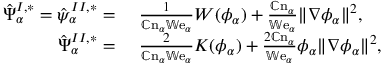
\begin{array} { r l } { \hat { \Psi } _ { \alpha } ^ { I , * } = \hat { \psi } _ { \alpha } ^ { I I , * } = } & { { } ~ \frac { 1 } { \mathbb { C } \mathrm { n } _ { \alpha } \mathbb { W } \mathrm { e } _ { \alpha } } W ( \phi _ { \alpha } ) + \frac { \mathbb { C } \mathrm { n } _ { \alpha } } { \mathbb { W } \mathrm { e } _ { \alpha } } \| \nabla \phi _ { \alpha } \| ^ { 2 } , } \\ { \hat { \Psi } _ { \alpha } ^ { I I , * } = } & { { } ~ \frac { 2 } { \mathbb { C } \mathrm { n } _ { \alpha } \mathbb { W } \mathrm { e } _ { \alpha } } K ( \phi _ { \alpha } ) + \frac { 2 \mathbb { C } \mathrm { n } _ { \alpha } } { \mathbb { W } \mathrm { e } _ { \alpha } } \phi _ { \alpha } \| \nabla \phi _ { \alpha } \| ^ { 2 } , } \end{array}